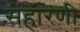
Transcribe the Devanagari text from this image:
संहारणी